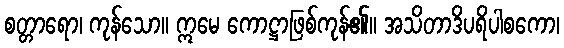
စတ္တာရော၊ ကုန်သော။ ဣမေ ကောဋ္ဌာဖြစ်ကုန်၏။ အသိတာဒိပရိပါစကော၊